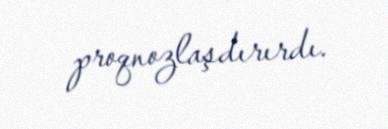
proqnozlaşdırırdı.